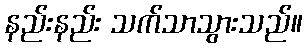
နည်းနည်း သက်သာသွားသည်။